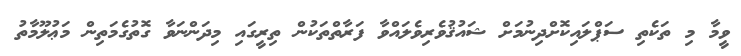
ވީމާ މި ތަކެތި ސަޕްލައިކޮށްދިނުމަށް ޝައުޤުވެރިވެލައްވާ ފަރާތްތަކުން ތިރީގައި މިދަންނަވާ ގޮތުގެމަތިން މަޢުލޫމާތު